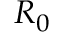
R _ { 0 }